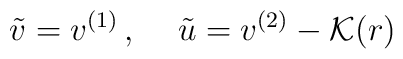
\tilde{v} = v^{(1)}\,, \hspace{0.5cm} \tilde{u} = v^{(2)} - \mathcal{K} (r)